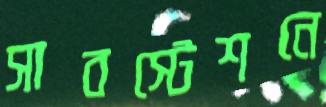
সাবস্টেশনে